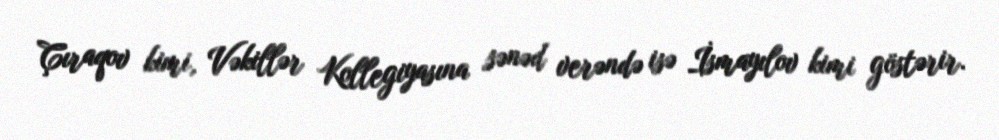
Çıraqov kimi, Vəkillər Kollegiyasına sənəd verəndə isə İsmayılov kimi göstərir.